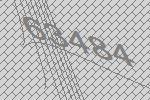
63484